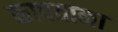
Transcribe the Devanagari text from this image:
कापताना